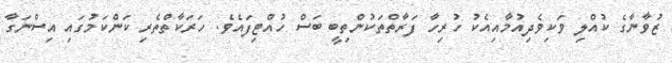
ޒުވާނާގެ ކުއްލި ވަކިވެދިއުމާއިއެކު ހުރިހާ ފަރާތްތަކުންތިބީ ބަސް ހުއްޓިފައެވެ. ހަރަކާތްތެެރި ކަންކަމުގައި އިސްނަގާ